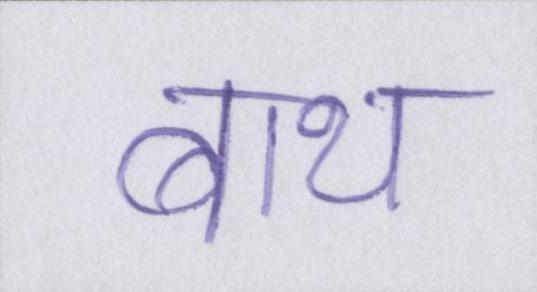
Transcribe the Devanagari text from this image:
बाथ